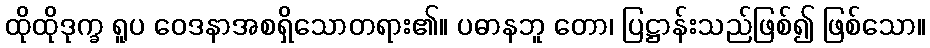
ထိုထိုဒုက္ခ ရူပ ဝေဒနာအစရှိသောတရား၏။ ပဓာနဘူ တော၊ ပြဋ္ဌာန်းသည်ဖြစ်၍ ဖြစ်သော။